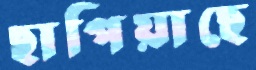
ছাপিয়াছে